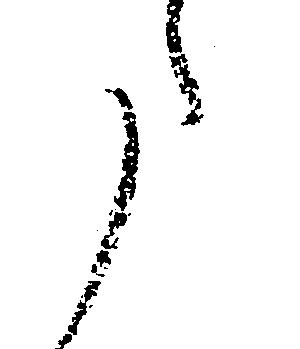
た